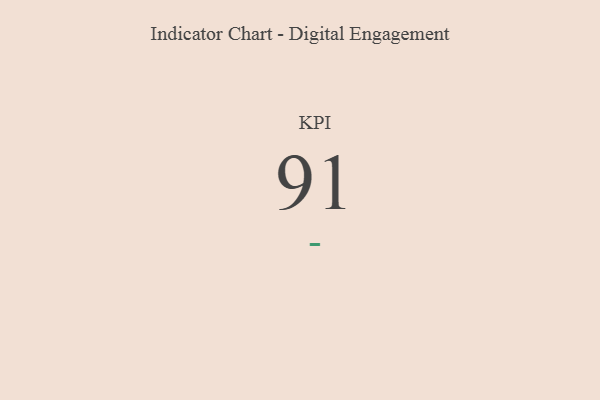
{"axis": {"x": "KPI", "y": "Value"}, "legend": [""], "data": [{"x": "KPI", "y": 91, "type": ""}]}